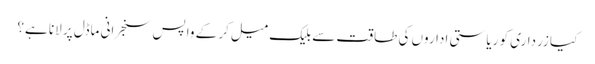
کیا زرداری کو ریاستی اداروں کی طاقت سے بلیک میل کر کے واپس سنجرانی ماڈل پر لانا ہے؟